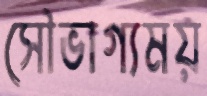
সৌভাগ্যময়